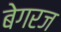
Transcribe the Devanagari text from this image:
बेगरज